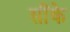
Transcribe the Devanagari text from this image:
सींके